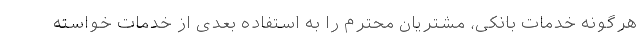
هرگونه خدمات بانکی، مشتریان محترم را به استفاده بعدی از خدمات خواسته